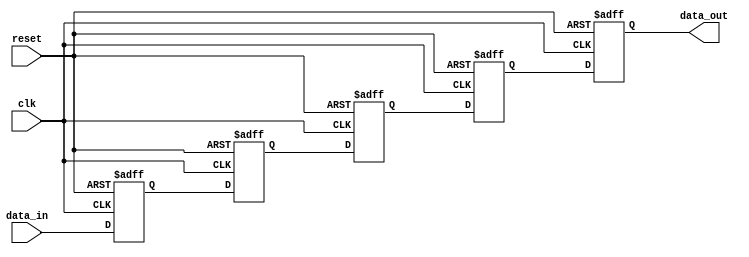
module multistage_register #(
    parameter DATA_WIDTH = 8,   // Width of the data input/output
    parameter STAGE_COUNT = 4    // Number of stages in the pipeline
)(
    input wire clk,              // Clock signal
    input wire reset,            // Synchronous reset signal
    input wire [DATA_WIDTH-1:0] data_in, // Parallel data input
    output reg [DATA_WIDTH-1:0] data_out // Parallel data output
);

    // Internal registers for each stage
    reg [DATA_WIDTH-1:0] stage [0:STAGE_COUNT-1];

    integer i;

    always @(posedge clk or posedge reset) begin
        if (reset) begin
            // Reset all stages to 0
            for (i = 0; i < STAGE_COUNT; i = i + 1) begin
                stage[i] <= {DATA_WIDTH{1'b0}};
            end
            data_out <= {DATA_WIDTH{1'b0}};
        end else begin
            // Shift the data through the stages
            stage[0] <= data_in; // Capture data in the first stage
            for (i = 1; i < STAGE_COUNT; i = i + 1) begin
                stage[i] <= stage[i-1]; // Pass data to the next stage
            end
            data_out <= stage[STAGE_COUNT-1]; // Output from the last stage
        end
    end

endmodule